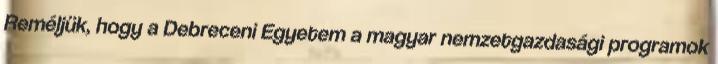
Reméljük, hogy a Debreceni Egyetem a magyar nemzetgazdasági programok